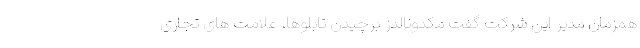
همزمان مدیر این شرکت گفت مکدونالدز برچیدن تابلوها، علامت های تجاری